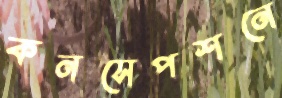
কনসেপশনে